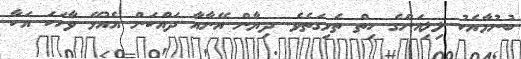
ބުނުމާއެކު ލިލިއަންގެ ހިތް ތެޅިގަތެވެ. ދިޔާން އޭނާއާ ދައްކަން އެއުޅޭ ވާހަކަ އަކާ